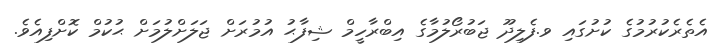
އެތެރެކުރުމުގެ ކުށުގައި ވ.ފެލިދޫ ޖަބުރޯލުމާގެ އިބްރާހީމް ޝިފާޙު އުމުރަށް ޖަލަށްލުމަށް ޙުކުމް ކޮށްފިއެވެ.